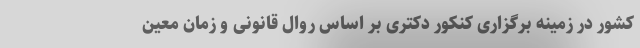
کشور در زمینه برگزاری کنکور دکتری بر اساس روال قانونی و زمان معین